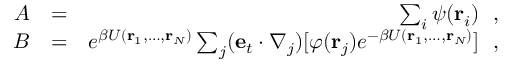
\begin{array} { r l r } { A } & { = } & { \sum _ { i } \psi ( { \bf r } _ { i } ) ~ ~ , } \\ { B } & { = } & { e ^ { \beta U ( { \bf r } _ { 1 } , \ldots , { \bf r } _ { N } ) } \sum _ { j } ( { \bf e } _ { t } \cdot \nabla _ { j } ) [ \varphi ( { \bf r } _ { j } ) e ^ { - \beta U ( { \bf r } _ { 1 } , \ldots , { \bf r } _ { N } ) } ] ~ ~ , } \end{array}